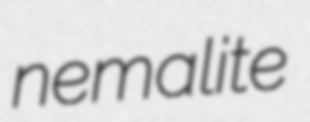
nemalite